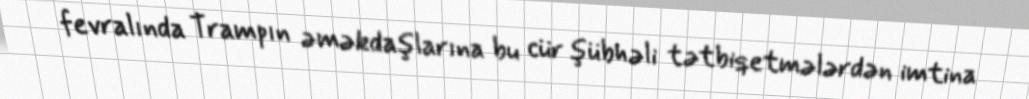
fevralında Trampın əməkdaşlarına bu cür şübhəli tətbiqetmələrdən imtina